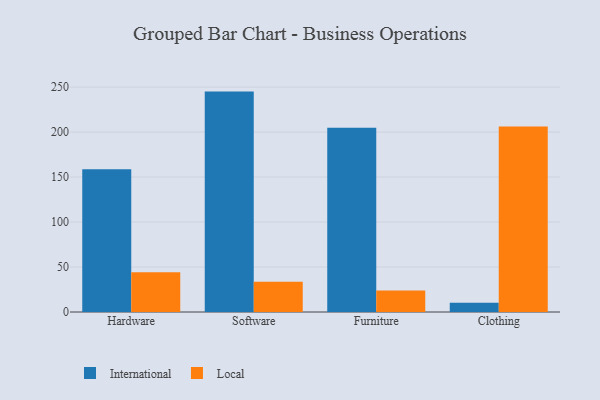
{"axis": {"x": "Category", "y": "Latency (ms)"}, "legend": ["International", "Local"], "data": [{"x": "Hardware", "y": 158.7, "type": "International"}, {"x": "Hardware", "y": 44.1, "type": "Local"}, {"x": "Software", "y": 245.0, "type": "International"}, {"x": "Software", "y": 33.5, "type": "Local"}, {"x": "Furniture", "y": 204.9, "type": "International"}, {"x": "Furniture", "y": 24.0, "type": "Local"}, {"x": "Clothing", "y": 10.3, "type": "International"}, {"x": "Clothing", "y": 206.3, "type": "Local"}]}